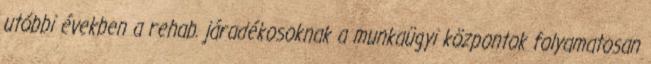
utóbbi években a rehab. járadékosoknak a munkaügyi központok folyamatosan